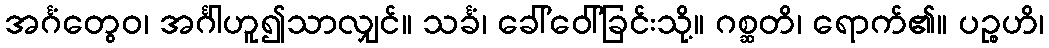
အင်္ဂံတွေဝ၊ အင်္ဂါဟူ၍သာလျှင်။ သင်္ခံ၊ ခေါ်ဝေါ်ခြင်းသို့။ ဂစ္ဆတိ၊ ရောက်၏။ ပဉ္စဟိ၊